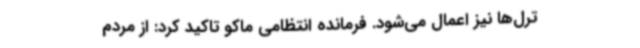
ترل‌ها نیز اعمال می‌شود. فرمانده انتظامی ماکو تاکید کرد: از مردم